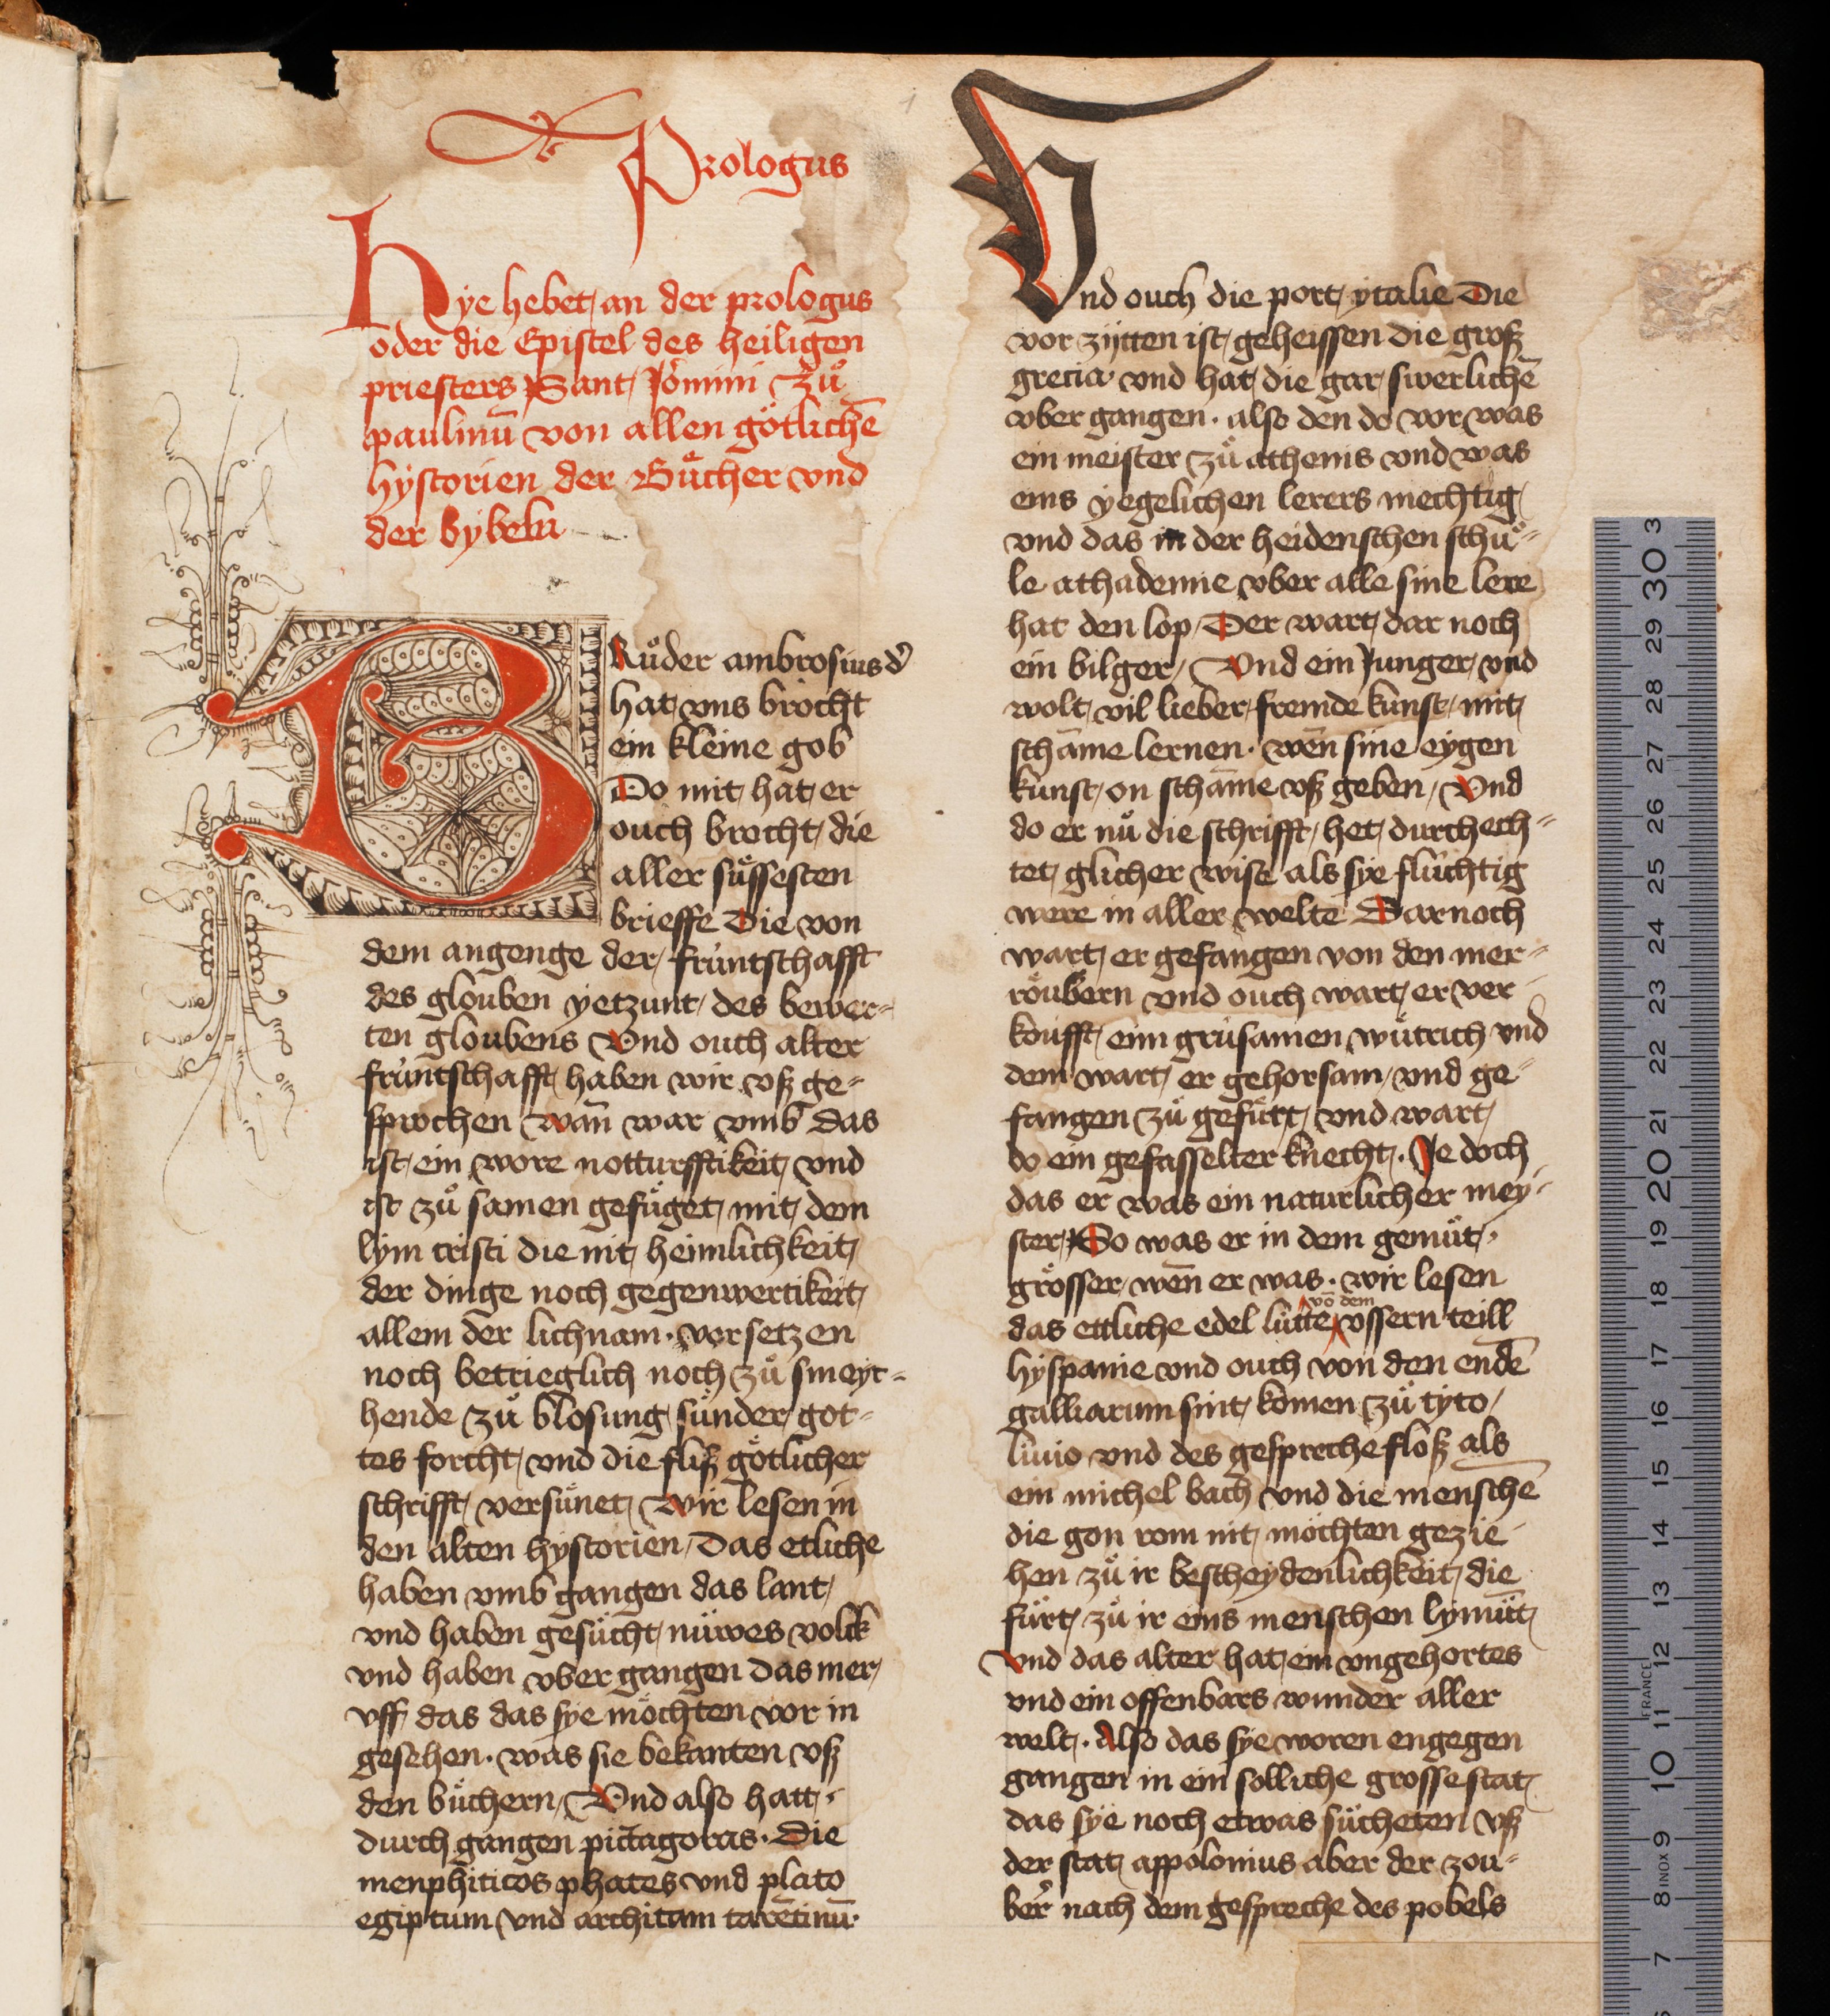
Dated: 1466–1499